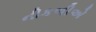
નીકળીએ